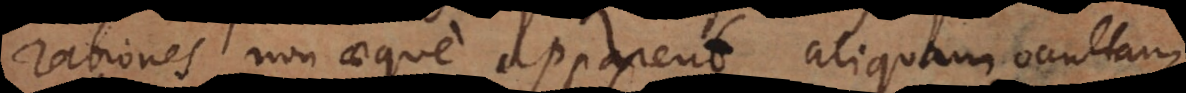
rationes non aeque apparent aliquam occultam